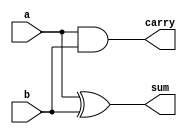
module HalfAdder(a,b,sum, carry);
  
  input a, b;
  output sum, carry;
  
  xor tot(sum, a,b);
  and cry(carry, a,b);
endmodule